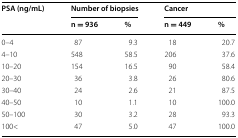
<table><thead><tr><td rowspan="2"><b>PSA (ng/mL)</b></td><td colspan="2"><b>Number of biopsies</b></td><td colspan="2"><b>Cancer</b></td></tr><tr><td><b>n = 936</b></td><td><b>%</b></td><td><b>n = 449</b></td><td><b>%</b></td></tr></thead><tbody><tr><td>0–4</td><td>87</td><td>9.3</td><td>18</td><td>20.7</td></tr><tr><td>4–10</td><td>548</td><td>58.5</td><td>206</td><td>37.6</td></tr><tr><td>10–20</td><td>154</td><td>16.5</td><td>90</td><td>58.4</td></tr><tr><td>20–30</td><td>36</td><td>3.8</td><td>26</td><td>80.6</td></tr><tr><td>30–40</td><td>24</td><td>2.6</td><td>21</td><td>87.5</td></tr><tr><td>40–50</td><td>10</td><td>1.1</td><td>10</td><td>100.0</td></tr><tr><td>50–100</td><td>30</td><td>3.2</td><td>28</td><td>93.3</td></tr><tr><td>100&lt;</td><td>47</td><td>5.0</td><td>47</td><td>100.0</td></tr></tbody></table>